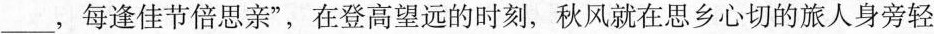
___，每逢佳节倍思亲”，在登高望远的时刻，秋风就在思乡心切的旅人身旁轻